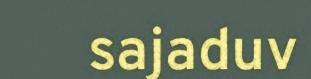
sajaduv